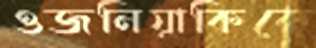
ওজনিয়াকিকে